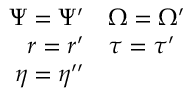
\begin{array} { r l } { \Psi = \Psi ^ { \prime } } & { { } \Omega = \Omega ^ { \prime } } \\ { r = r ^ { \prime } } & { { } \tau = \tau ^ { \prime } } \\ { \eta = \eta ^ { \prime \prime } } & { { } } \end{array}